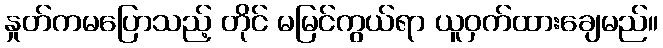
နှုတ်ကမပြောသည့် တိုင် မမြင်ကွယ်ရာ ယူဝှက်ထားချေမည်။